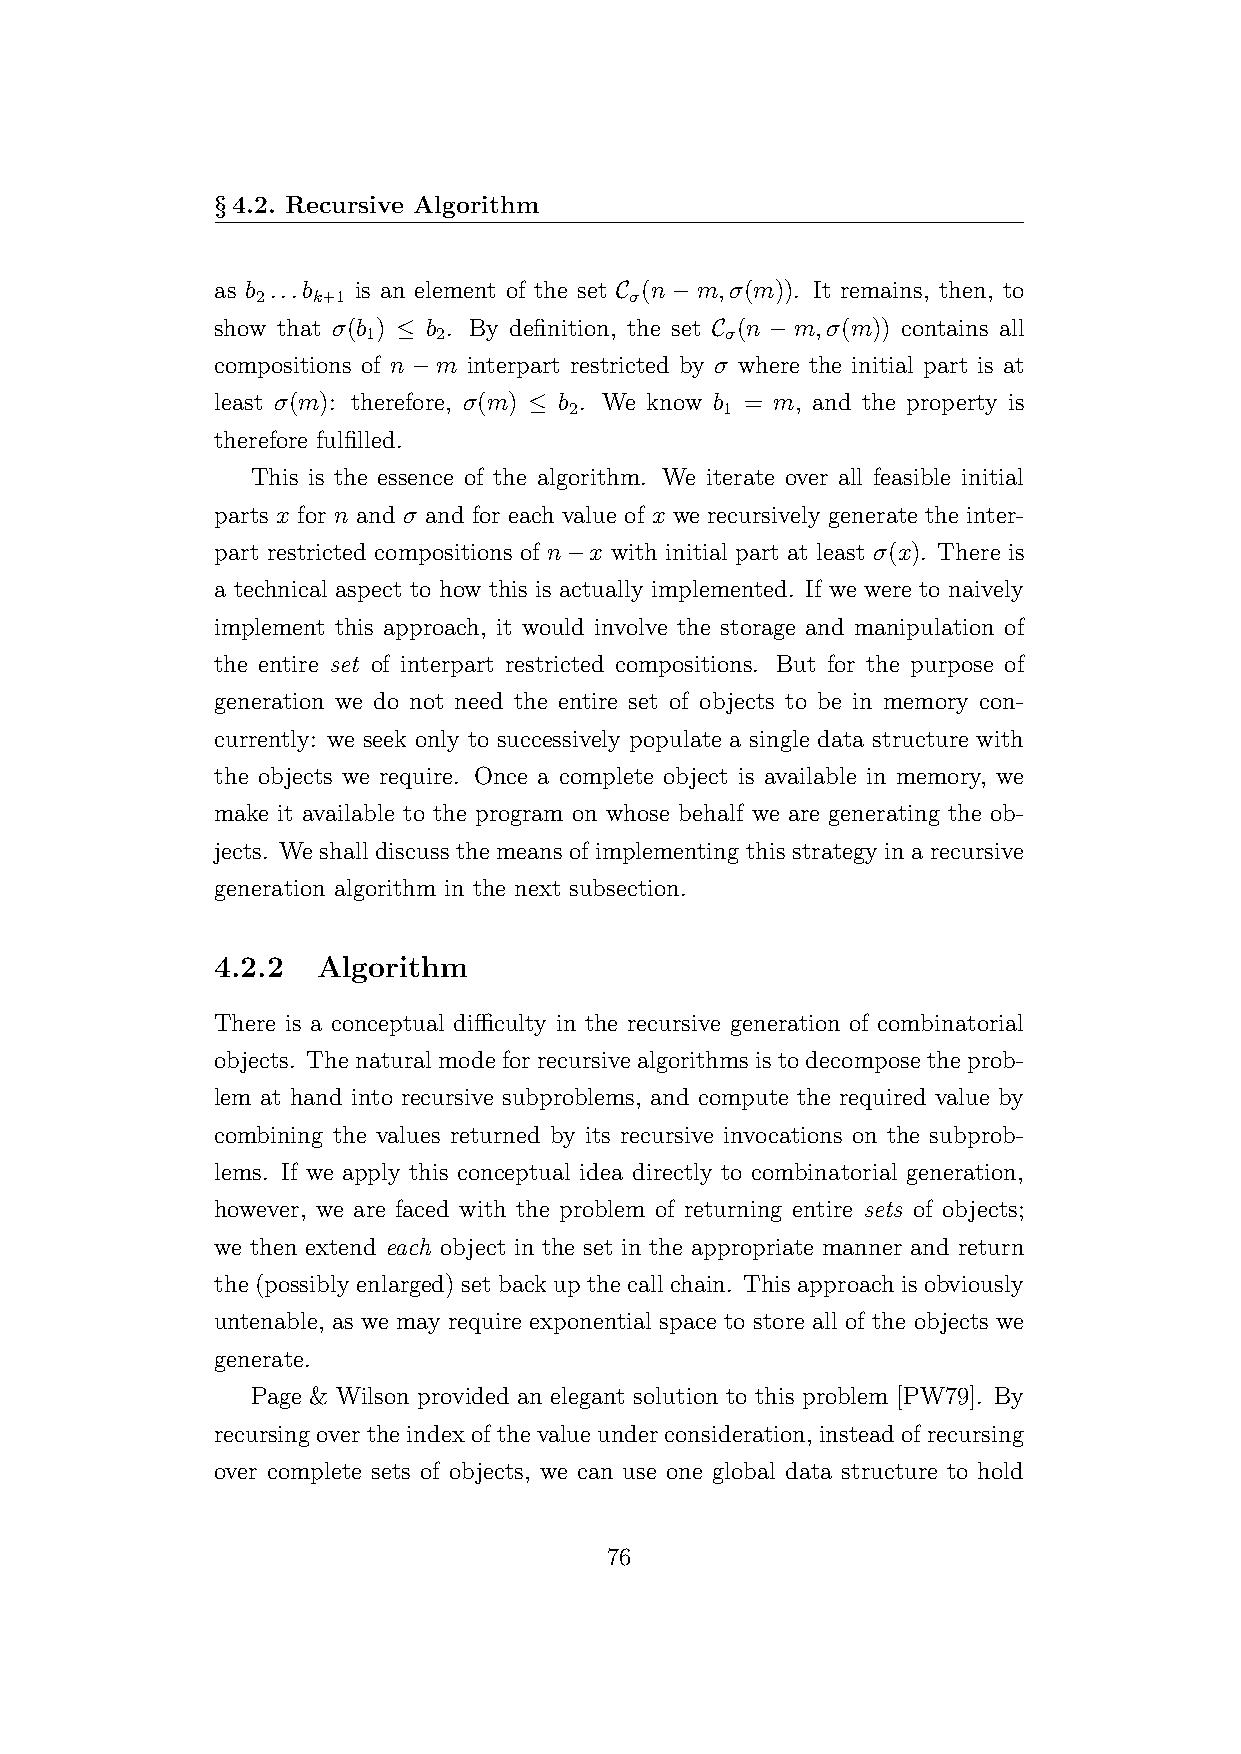
§4.2. Recursive Algorithm
 as b ...b is an element of the set C (n−m,σ(m)). It remains, then, to
 2   k+1                  σ
 show that σ(b ) ≤ b . By definition, the set C (n − m,σ(m)) contains all
 1    2                  σ
 compositions of n−m interpart restricted by σ where the initial part is at
 least σ(m): therefore, σ(m) ≤ b . We know b = m, and the property is
 2         1
 therefore fulfilled.
 This is the essence of the algorithm. We iterate over all feasible initial
 parts x for n and σ and for each value of x we recursively generate the inter-
 part restricted compositions of n−x with initial part at least σ(x). There is
 a technical aspect to how this is actually implemented. If we were to naively
 implement this approach, it would involve the storage and manipulation of
 the entire set of interpart restricted compositions. But for the purpose of
 generation we do not need the entire set of objects to be in memory con-
 currently: we seek only to successively populate a single data structure with
 the objects we require. Once a complete object is available in memory, we
 make it available to the program on whose behalf we are generating the ob-
 jects. We shall discuss the means of implementing this strategy in a recursive
 generation algorithm in the next subsection.
 4.2.2  Algorithm
 There is a conceptual difficulty in the recursive generation of combinatorial
 objects. Thenaturalmodeforrecursivealgorithmsistodecomposetheprob-
 lem at hand into recursive subproblems, and compute the required value by
 combining the values returned by its recursive invocations on the subprob-
 lems. If we apply this conceptual idea directly to combinatorial generation,
 however, we are faced with the problem of returning entire sets of objects;
 we then extend each object in the set in the appropriate manner and return
 the (possibly enlarged) set back up the call chain. This approach is obviously
 untenable, as we may require exponential space to store all of the objects we
 generate.
 Page & Wilson provided an elegant solution to this problem [PW79]. By
 recursingovertheindexofthevalueunderconsideration, insteadofrecursing
 over complete sets of objects, we can use one global data structure to hold
 76